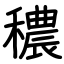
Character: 穠